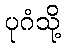
ပုဂံသို့